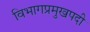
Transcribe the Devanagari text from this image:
विभागप्रमुखपदी